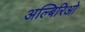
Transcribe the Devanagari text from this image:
अल्बिरिओ